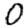
Digit: 0